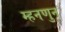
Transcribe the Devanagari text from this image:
म्हनणुन